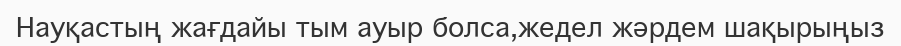
Науқастың жағдайы тым ауыр болса,жедел жәрдем шақырыңыз